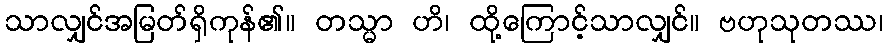
သာလျှင်အမြတ်ရှိကုန်၏။ တသ္မာ ဟိ၊ ထို့ကြောင့်သာလျှင်။ ဗဟုသုတဿ၊